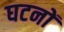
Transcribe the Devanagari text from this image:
घटनों